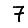
Digit: 7